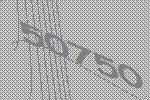
50750